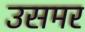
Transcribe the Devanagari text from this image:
उसमर